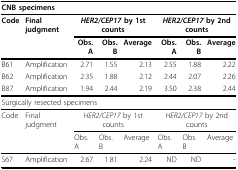
| <COLSPAN=8> CNB specimens |
 | --- | --- | --- | --- | --- | --- | --- | --- |
 | Code | Final judgment | <COLSPAN=3> HER2/CEP17 by 1st counts | <COLSPAN=3> HER2/CEP17 by 2nd counts |
 |  |  | Obs. A | Obs. B | Average | Obs. A | Obs. B | Average |
 | B61 | Amplification | 2.71 | 1.55 | 2.13 | 2.55 | 1.88 | 2.22 |
 | B62 | Amplification | 2.35 | 1.88 | 2.12 | 2.44 | 2.07 | 2.26 |
 | B87 | Amplification | 1.94 | 2.44 | 2.19 | 3.50 | 2.38 | 2.44 |
 | <COLSPAN=8> Surgically resected specimens |
 | Code | Final judgment | <COLSPAN=3> HER2/CEP17 by 1st counts | <COLSPAN=3> HER2/CEP17 by 2nd counts |
 |  |  | Obs. A | Obs. B | Average | Obs. A | Obs. B | Average |
 | S67 | Amplification | 2.67 | 1.81 | 2.24 | ND | ND | - |